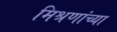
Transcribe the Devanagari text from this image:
मिश्रणांच्या